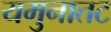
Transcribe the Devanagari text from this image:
यमुनातट